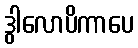
ဒွါလောပိကာပေ